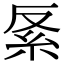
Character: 𥾩